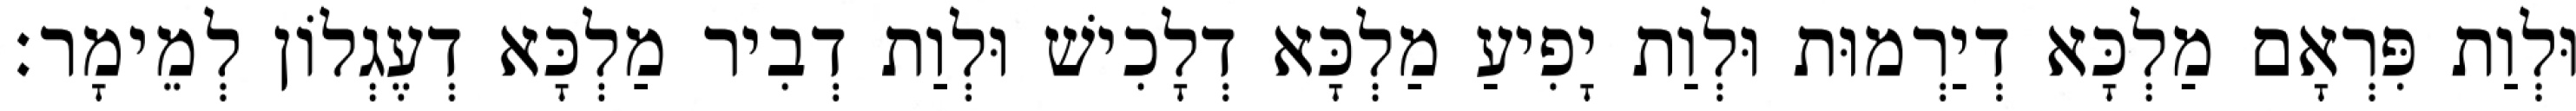
וּלְוַת פִּרְאָם מַלְכָּא דְיַרְמוּת וּלְוַת יָפִיעַ מַלְכָּא דְלָכִישׁ וּלְוַת דְבִיר מַלְכָּא דְעֶגְלוֹן לְמֵימָר׃